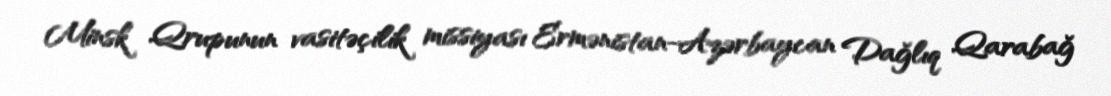
Minsk Qrupunun vasitəçilik missiyası Ermənistan-Azərbaycan Dağlıq Qarabağ